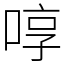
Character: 啍